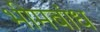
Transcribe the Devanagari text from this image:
भीमबांध